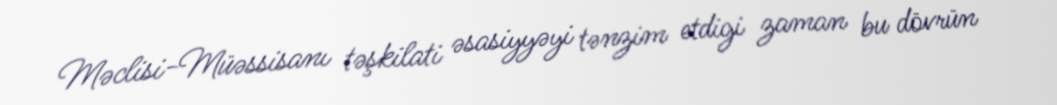
Məclisi-Müəssisanı təşkilati əsasiyyəyi tənzim etdigi zaman bu dövrün